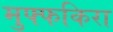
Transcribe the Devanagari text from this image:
मुफ्फकिरा